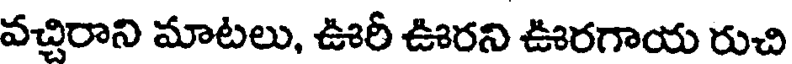
వచ్చిరాని మాటలు, ఊరీ ఊరని ఊరగాయ రుచి